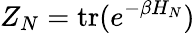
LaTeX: Z_{N}=\mathrm{tr}(e^{-\beta H_{N}})